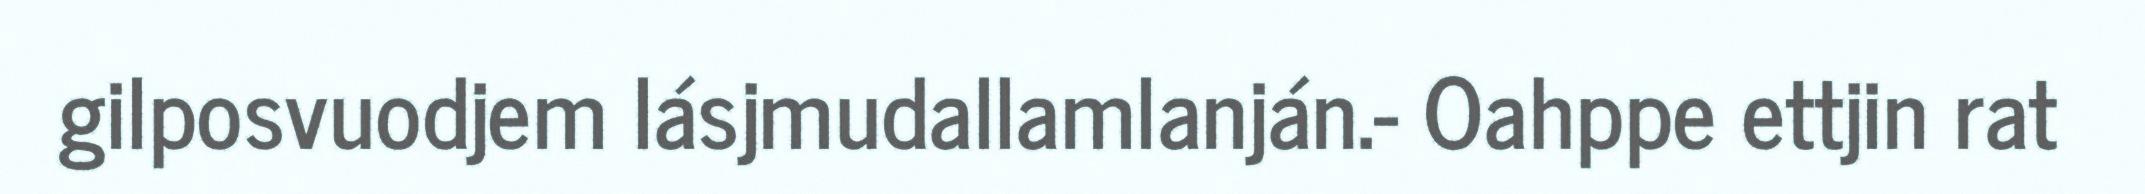
gilposvuodjem lásjmudallamlanján.- Oahppe ettjin rat